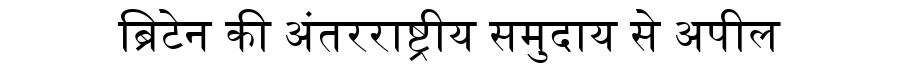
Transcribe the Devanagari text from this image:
ब्रिटेन की अंतरराष्ट्रीय समुदाय से अपील